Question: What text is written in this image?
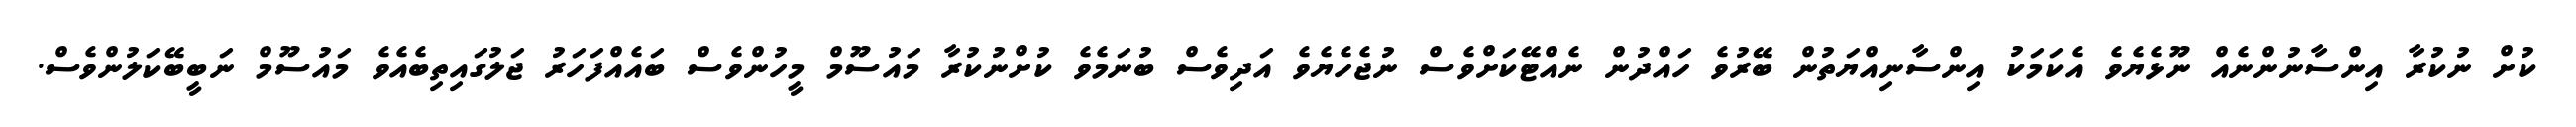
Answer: ކުށް ނުކުރާ އިންސާނުންނެއް ނޫޅެޔެވެ އެކަމަކު އިންސާނިއްޔަތުން ބޭރުވެ ހައްދުން ނެއްޓޭކަށްވެސް ނުޖެހެޔެވެ އަދިވެސް ބުނަމެވެ ކުށްނުކުރާ މައުސޫމް މީހުންވެސް ބައެއްފަހަރު ޖަލުގައިތިބެއެވެ މައުސޫމް ނަބީބޭކަލުންވެސް.